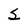
Character: S